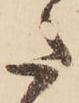
た